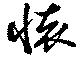
懐